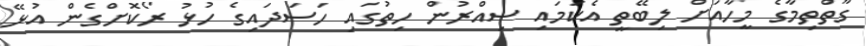
ގާތްތިމާގެ މީހާއަށް ލިބޭތީ އެކަމައި ސިއްރުން ހިތުގައި ހަސަދައިގެ ހުޅު ރޯކޮށްގެން އުޅޭ